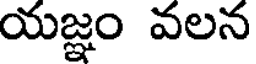
యజ్ఞం వలన